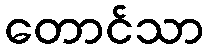
တောင်သာ